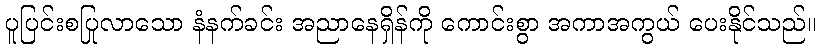
ပူပြင်းစပြုလာသော နံနက်ခင်း အညာနေရှိန်ကို ကောင်းစွာ အကာအကွယ် ပေးနိုင်သည်။